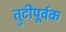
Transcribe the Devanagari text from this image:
त्रुटीपूर्वक